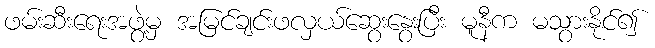
ဖမ်းဆီးရေးအဖွဲ့မှ အမြင်ချင်းဖလှယ်ဆွေးနွေးပြီး မူနီက မသွားနိုင်၍